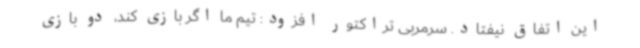
این اتفاق نیفتاد. سرمربی تراکتور افزود: تیم ما اگر بازی کند، دو بازی